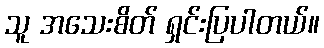
သူ အသေးစိတ် ရှင်းပြပါတယ်။